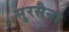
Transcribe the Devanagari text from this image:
सुरसैना